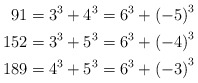
\begin{align*}91 & =3^{3}+4^{3}=6^{3}+\left(-5\right)^{3}\\152 & =3^{3}+5^{3}=6^{3}+\left(-4\right)^{3}\\189 & =4^{3}+5^{3}=6^{3}+\left(-3\right)^{3}\end{align*}